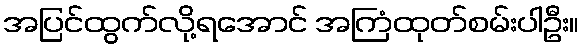
အပြင်ထွက်လို့ရအောင် အကြံထုတ်စမ်းပါဦး။